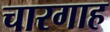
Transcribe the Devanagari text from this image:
चारगाह